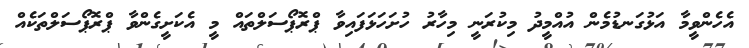
އެހެންވީމާ އަޅުގަނޑުމެން އުއްމީދު މިކުރަނީ މިހާރު ހުށަހަޅަފައިވާ ޕްރޮޕޯސަލްތައް މީ އެކަށީގެންވާ ޕްރޮޕޯސަލްތަކެއް